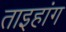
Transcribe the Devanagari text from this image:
ताइहांग